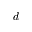
\c { d }